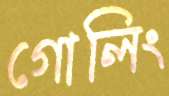
গোলিং